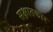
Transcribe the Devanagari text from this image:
सक्षातकार